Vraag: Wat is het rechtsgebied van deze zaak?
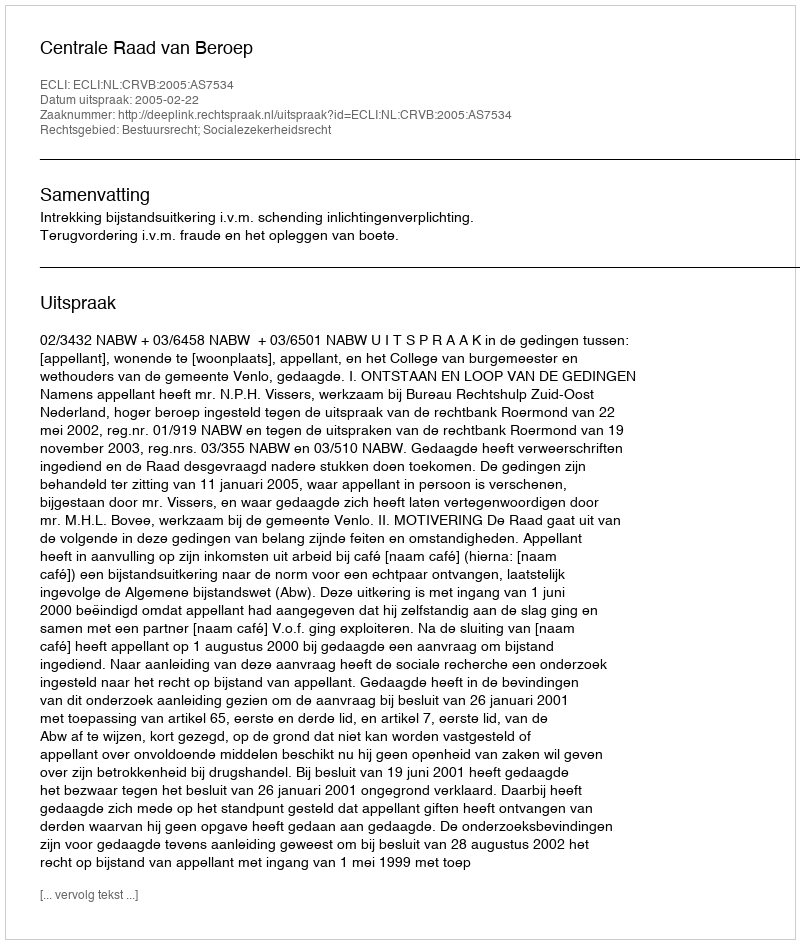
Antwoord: Bestuursrecht; Socialezekerheidsrecht